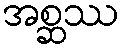
အစ္ဆဿ